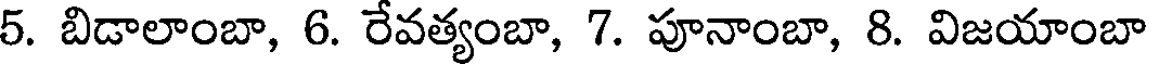
5. బిడాలాంబా, 6. రేవత్యంబా, 7. పూనాంబా, 8. విజయాంబా